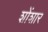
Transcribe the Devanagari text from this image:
शोंशार